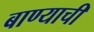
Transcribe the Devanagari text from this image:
बाण्याची